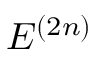
E ^ { ( 2 n ) }